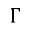
\Gamma